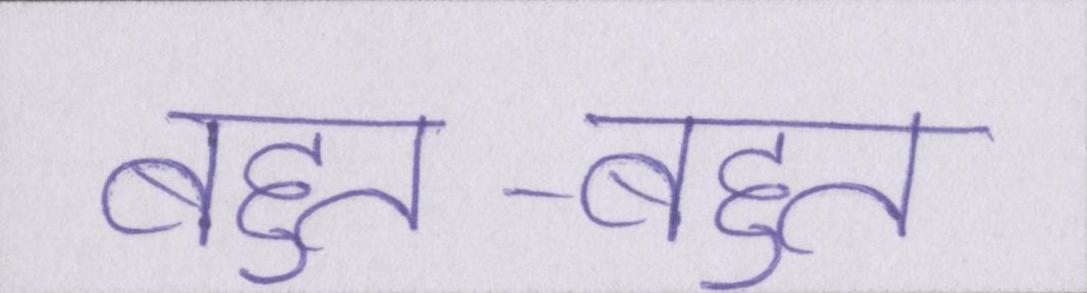
बहुत-बहुत